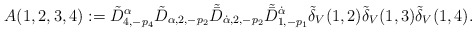
\begin{align*}A(1,2,3,4):=\tilde D^\alpha_{4,-p_4}\tilde D_{\alpha,2,-p_2} \tilde{\bar D}_{\dot\alpha,2,-p_2}\tilde{\bar D}^{\dot\alpha}_{1,-p_1} \tilde\delta_V(1,2)\tilde\delta_V(1,3)\tilde\delta_V(1,4).\end{align*}